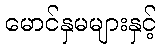
မောင်နှမများနှင့်